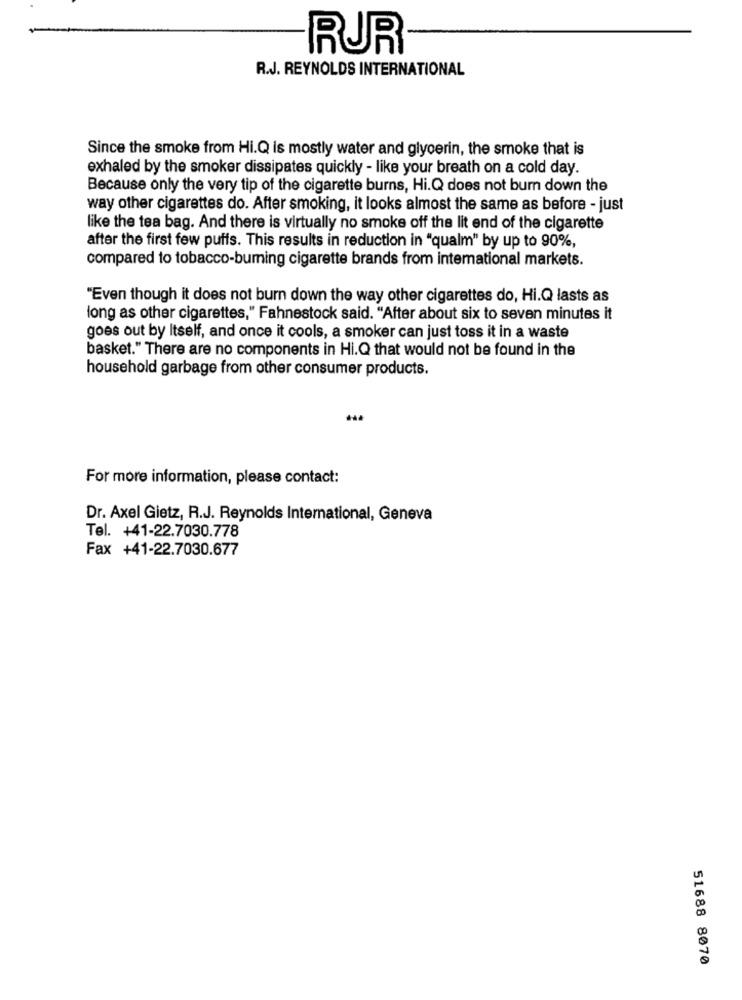
RUR
R.J. REYNOLDS INTERNATIONAL
Since the smoke from Hi.Q is mostly water and glycerin, the smoke that is
exhaled by the smoker dissipates quickly - like your breath on a cold day.
Because only the very tip of the cigarette burns, Hi.Q does not burn down the
way other cigarettes do. After smoking, it looks almost the same as before - just
like the tea bag. And there is virtually no smoke off the lit end of the cigarette
after the first few puffs. This results in reduction in "qualm" by up to 90%,
compared to tobacco-buming cigarette brands from international markets.
"Even though it does not burn down the way other cigarettes do, Hi.Q lasts as
long as other cigarettes," Fahnestock said. "After about six to seven minutes it
goes out by Itself, and once it cools, a smoker can just toss it in a waste
basket." There are no components in Hi.Q that would not be found in the
household garbage from other consumer products.
For more information, please contact:
Dr. Axel Gietz, R.J. Reynolds International, Geneva
Tel. +41-22.7030.778
Fax +41-22.7030.677
51688 8070